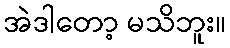
အဲဒါတော့ မသိဘူး။